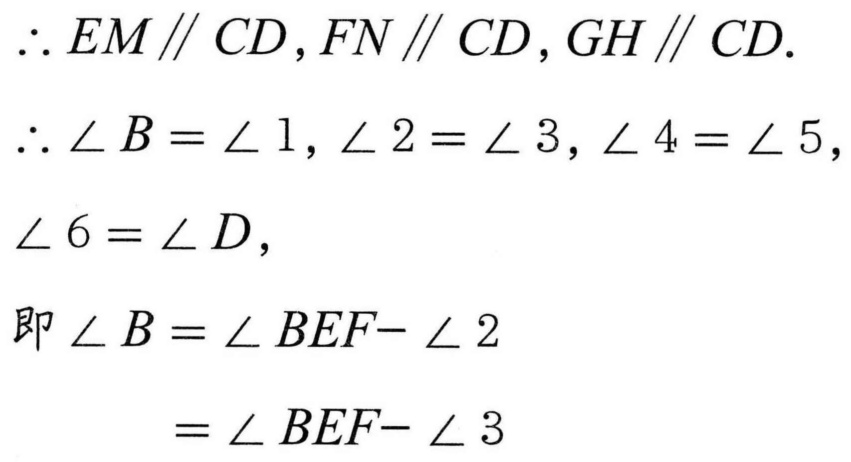
$\therefore EM\parallel CD,FN\parallel CD,GH\parallel CD.$
$\therefore \angle B=\angle 1,\angle 2=\angle 3,\angle 4=\angle 5,$
$\angle 6=\angle D,$
即$\angle B=\angle BEF - \angle 2$
$=\angle BEF - \angle 3$